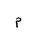
Letter: _mim